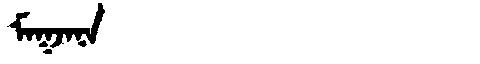
Manchu: ᠮᠠᡴᠵᠠᠨᠠ
Romanization: MAKJANA